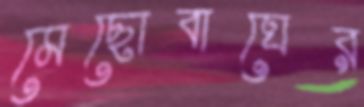
মেছোবাঘের